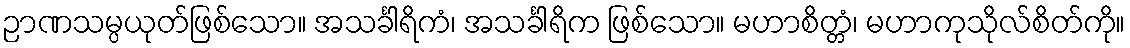
ဉာဏသမ္ပယုတ်ဖြစ်သော။ အသင်္ခါရိကံ၊ အသင်္ခါရိက ဖြစ်သော။ မဟာစိတ္တံ၊ မဟာကုသိုလ်စိတ်ကို။